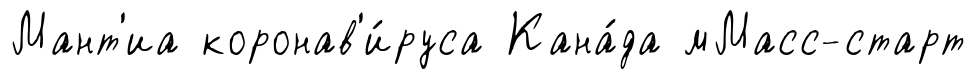
Мант'иа коронав'и́руса Кана́да мМасс-старт